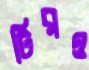
টিরও